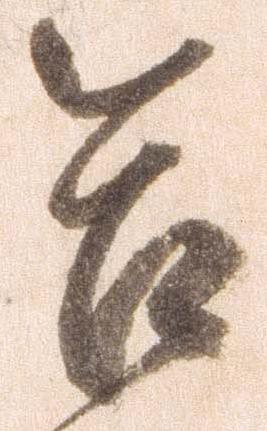
合